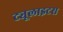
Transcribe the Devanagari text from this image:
ट्यूलाइटस